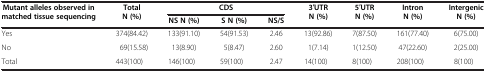
<table><thead><tr><td><b>Mutant alleles observed in matched tissue sequencing</b></td><td><b>Total N (%)</b></td><td colspan="3"><b>CDS</b></td><td><b>3′UTR N (%)</b></td><td><b>5′UTR N (%)</b></td><td><b>Intron N (%)</b></td><td><b>Intergenic N (%)</b></td></tr><tr><td><b> </b></td><td><b> </b></td><td><b>NS N (%)</b></td><td><b>S N (%)</b></td><td><b>NS/S</b></td><td><b> </b></td><td><b> </b></td><td><b> </b></td><td><b> </b></td></tr></thead><tbody><tr><td>Yes</td><td>374(84.42)</td><td>133(91.10)</td><td>54(91.53)</td><td>2.46</td><td>13(92.86)</td><td>7(87.50)</td><td>161(77.40)</td><td>6(75.00)</td></tr><tr><td>No</td><td>69(15.58)</td><td>13(8.90)</td><td>5(8.47)</td><td>2.60</td><td>1(7.14)</td><td>1(12.50)</td><td>47(22.60)</td><td>2(25.00)</td></tr><tr><td>Total</td><td>443(100)</td><td>146(100)</td><td>59(100)</td><td>2.47</td><td>14(100)</td><td>8(100)</td><td>208(100)</td><td>8(100)</td></tr></tbody></table>